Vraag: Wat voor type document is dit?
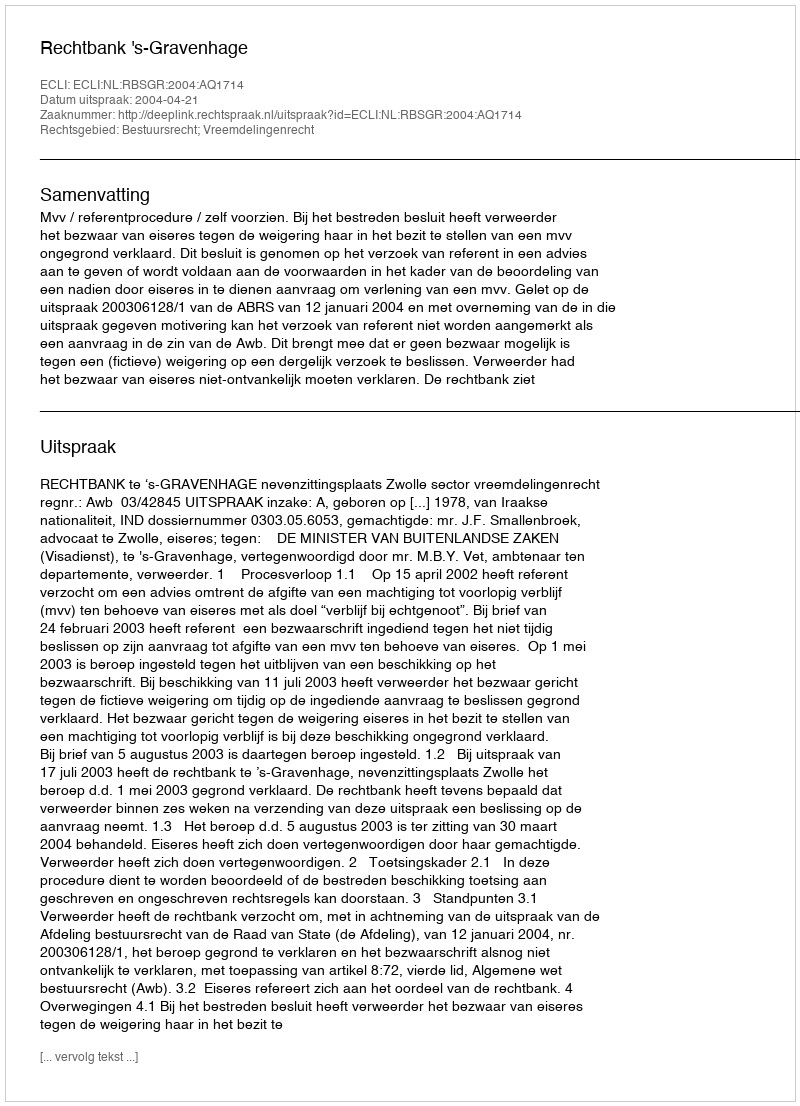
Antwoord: Uitspraak